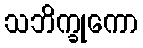
သဘိက္ခုကော